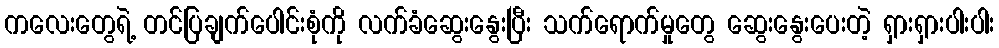
ကလေးတွေရဲ့ တင်ပြချက်ပေါင်းစုံကို လက်ခံဆွေးနွေးပြီး သက်ရောက်မှုတွေ ဆွေးနွေးပေးတဲ့ ရှားရှားပါးပါး